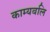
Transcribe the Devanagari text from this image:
काम्यबलि